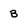
Character: B